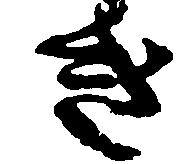
き